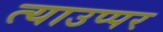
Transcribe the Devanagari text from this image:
त्याउप्पर